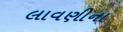
લાવણીના